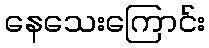
နေသေးကြောင်း